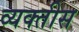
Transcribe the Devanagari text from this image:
व्यक्‍तीस